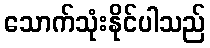
သောက်သုံးနိုင်ပါသည်